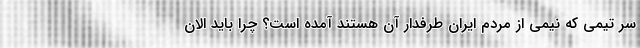
سر تیمی که نیمی از مردم ایران طرفدار آن هستند آمده است؟ چرا باید الان